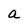
Character: a